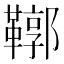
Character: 鞹